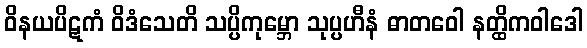
ဝိနယပိဋကံ ဝိဒံသေတိ သပ္ပိကုမ္ဘော သုပ္ပဟီနံ ဓာတဝေါ နတ္ထိကဝါဒေါ